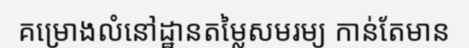
គម្រោងលំនៅដ្ឋានតម្លៃសមរម្យ កាន់តែមាន